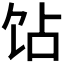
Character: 𬲫